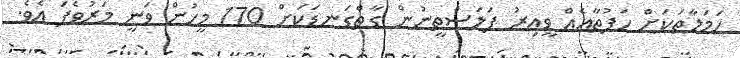
ހަމަލާތަކަށް ހަފުތާއެއް ވީއިރު ފަލަސްތީނުން ގާތްގަނޑަކަށް 170 މީހުން ވަނީ މަރުވެފަ އެވެ.